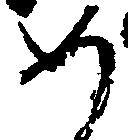
如